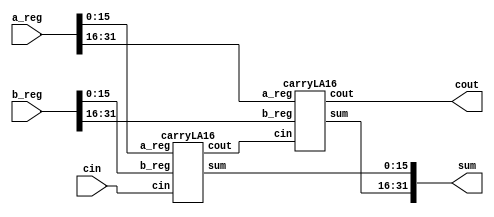

module add_32(input [31:0] a_reg, input [31:0] b_reg, input [0:0] cin,
              output wire [31:0] sum, output wire cout); 
    wire firstCout;

    carryLA16 carryLA1(.a_reg(a_reg[15:0]), .b_reg(b_reg[15:0]), .cin(cin), .sum(sum[15:0]), .cout(firstCout));
    
    carryLA16 carryLA2(.a_reg(a_reg[31:16]), .b_reg(b_reg[31:16]), .cin(firstCout), .sum(sum[31:16]), .cout(cout));

endmodule



module carryLA16(input wire[15:0] a_reg, input wire[15:0] b_reg, input wire cin,
                 output wire[15:0] sum, output wire cout);
    wire firstCout;
    wire secondCout;
    wire thirdCout;
    
    carryLA4 carryLA1(.a_reg(a_reg[3:0]), .b_reg(b_reg[3:0]), .cin(cin), .sum(sum[3:0]), .cout(firstCout));
    carryLA4 carryLA2(.a_reg(a_reg[7:4]), .b_reg(b_reg[7:4]), .cin(firstCout), .sum(sum[7:4]), .cout(secondCout));

    carryLA4 carryLA3(.a_reg(a_reg[11:8]), .b_reg(b_reg[11:8]), .cin(secondCout), .sum(sum[11:8]), .cout(thirdCout));


    carryLA4 carryLA4(.a_reg(a_reg[15:12]), .b_reg(b_reg[15:12]), .cin(thirdCout), .sum(sum[15:12]), .cout(cout));


endmodule


module carryLA4(input wire [3:0] a_reg, input wire [3:0] b_reg, input wire cin, output wire[3:0] sum, output wire cout);

    wire [3:0] prop, gen, carry;

    assign prop = a_reg ^ b_reg;
    assign gen = a_reg & b_reg;
    assign carry[0] = cin;
    assign carry[1] = gen[0] | (prop[0] & carry[0]);
    assign carry[2] = gen[1] | (prop[1] & gen[0]) | prop[1] | prop[0] & carry[0];
    assign carry[3] = gen[2] | (prop[2] & gen[1]) | prop[2] & prop[1] & gen[0] | prop[2] & prop[1] & prop[0] & carry[0];
    assign cout = gen[3] | (prop[3] & gen[2]) | prop[3] & prop[2] & gen[1] | prop[3] & prop[2] & prop[1] & gen[0] | prop[3] & prop[2] & prop[1] & prop[0] & carry[0];
	assign sum[3:0] = prop ^ carry;

    

endmodule